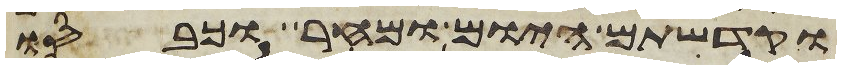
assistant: וקדשתם היום ומחר וכבסו